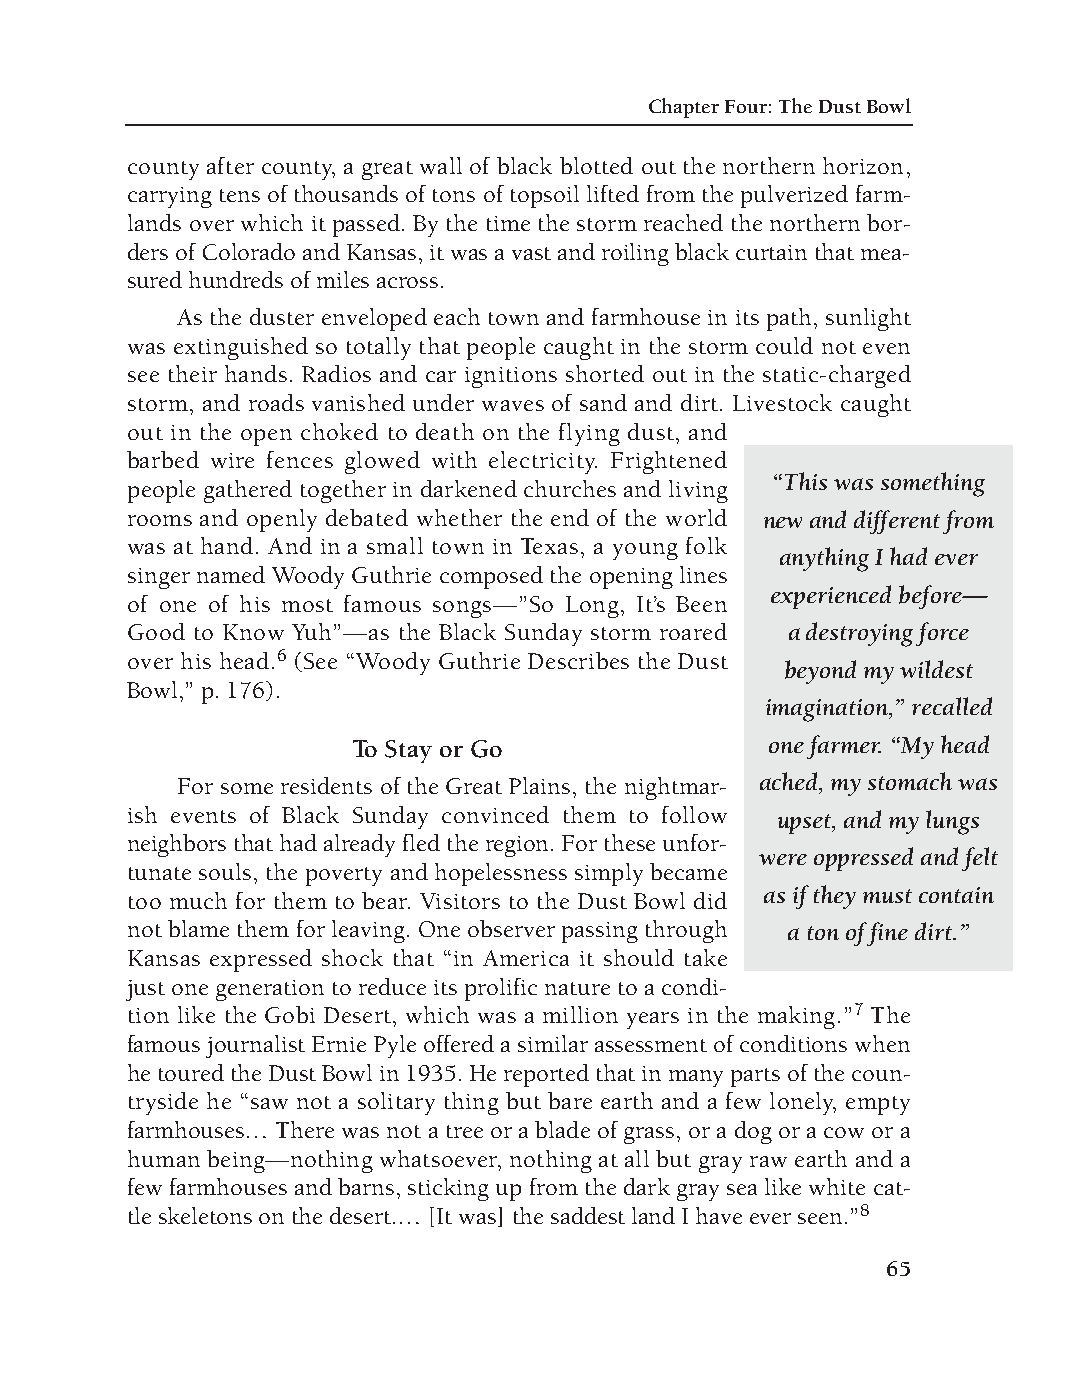
DM - Depression 9/19/08 3:56 PM Page 65
 Chapter Four: The Dust Bowl
 county after county, a great wall of black blotted out the northern horizon,
 carrying tens of thousands of tons of topsoil lifted from the pulverized farm-
 lands over which it passed. By the time the storm reached the northern bor-
 ders of Colorado and Kansas, it was a vast and roiling black curtain that mea-
 sured hundreds of miles across.
 As the duster enveloped each town and farmhouse in its path, sunlight
 was extinguished so totally that people caught in the storm could not even
 see their hands. Radios and car ignitions shorted out in the static-charged
 storm, and roads vanished under waves of sand and dirt. Livestock caught
 out in the open choked to death on the flying dust, and
 barbed wire fences glowed with electricity. Frightened
 “This was something
 people gathered together in darkened churches and living
 rooms and openly debated whether the end of the world new and different from
 was at hand. And in a small town in Texas, a young folk
 anything I had ever
 singer named Woody Guthrie composed the opening lines
 experienced before—
 of one of his most famous songs—”So Long, It’s Been
 Good to Know Yuh”—as the Black Sunday storm roared a destroying force
 over his head.6 (See “Woody Guthrie Describes the Dust
 beyond my wildest
 Bowl,” p. 176).
 imagination,” recalled
 To Stay or Go               one farmer. “My head
 For some residents of the Great Plains, the nightmar- ached, my stomach was
 ish events of Black Sunday convinced them to follow upset, and my lungs
 neighbors that had already fled the region. For these unfor-
 were oppressed and felt
 tunate souls, the poverty and hopelessness simply became
 too much for them to bear. Visitors to the Dust Bowl did as if they must contain
 not blame them for leaving. One observer passing through a ton of fine dirt.”
 Kansas expressed shock that “in America it should take
 just one generation to reduce its prolific nature to a condi-
 tion like the Gobi Desert, which was a million years in the making.”7 The
 famous journalist Ernie Pyle offered a similar assessment of conditions when
 he toured the Dust Bowl in 1935. He reported that in many parts of the coun-
 tryside he “saw not a solitary thing but bare earth and a few lonely, empty
 farmhouses… There was not a tree or a blade of grass, or a dog or a cow or a
 human being—nothing whatsoever, nothing at all but gray raw earth and a
 few farmhouses and barns, sticking up from the dark gray sea like white cat-
 tle skeletons on the desert.… [It was] the saddest land I have ever seen.”8
 65